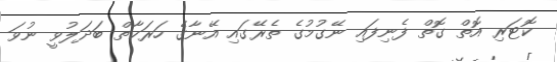
ކޮޓަރި އޮތް ގޮތް ފެނިފައި ނޭގުމުގެ ތެރޭގައި އޭނާގެ ހަރަކާތް ބަދަލުވީ ނުވަ